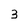
Character: 3